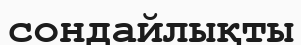
сондайлықты